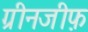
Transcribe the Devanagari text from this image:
ग्रीनजीफ़